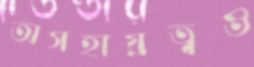
অসহায়ত্বও